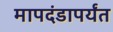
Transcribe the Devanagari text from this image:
मापदंडापर्यंत